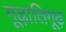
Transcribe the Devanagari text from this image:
गूढ़ातिगूढ़